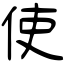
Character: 使